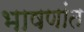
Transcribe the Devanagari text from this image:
भाषणांत